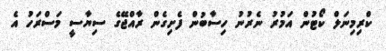
ކްރިމިނަލް ކޯޓުން އަމުރު ނެރުނު ހިސާބުން ފެށިގެން ރާއްޖޭގެ ސިޔާސީ މަސްރަހު އެ